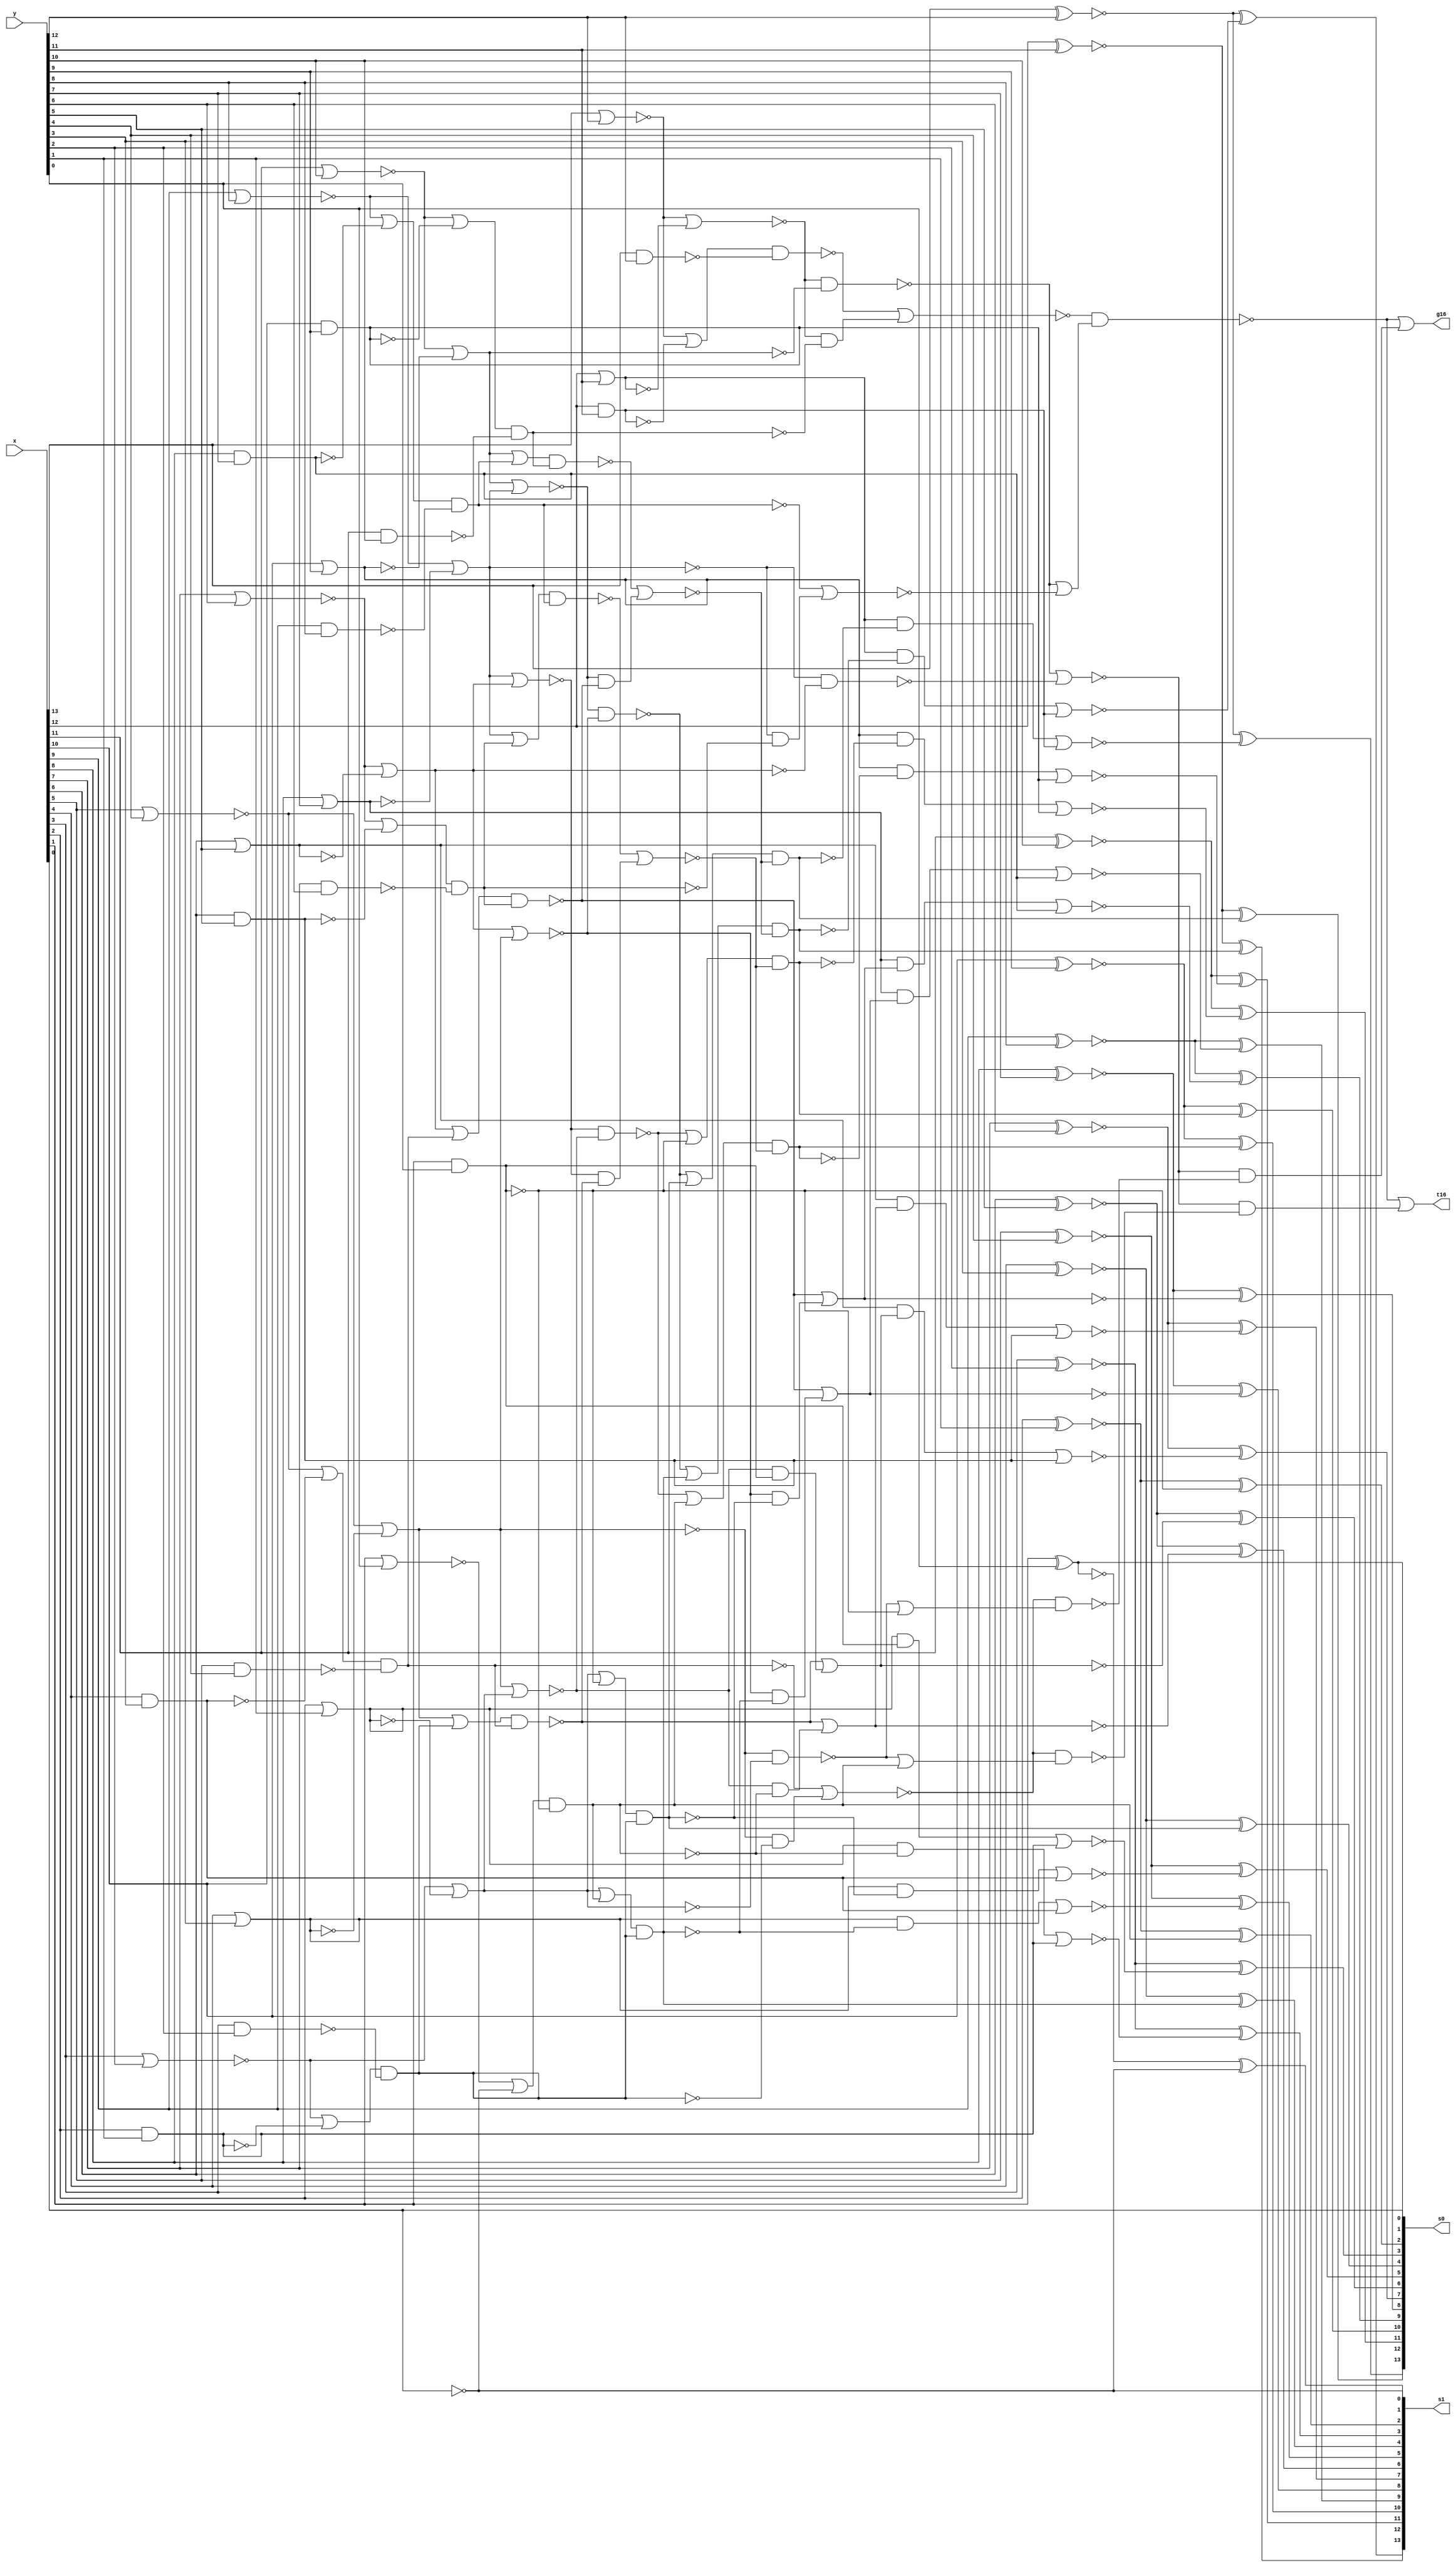
module fu_hc16pp_lsb(
   x,
   y,
   s0,
   s1,
   g16,
   t16
);
   input [0:13]  x;
   input [0:12]  y;
   output [0:13] s0;
   output [0:13] s1;
   output        g16;
   output        t16;

   parameter     tiup = 1'b1;
   parameter     tidn = 1'b0;

   wire [0:12]   g01_b;
   wire [0:13]   t01_b;
   wire [0:13]   p01_b;
   wire [0:13]   p01 /*verilator split_var*/;

   wire [0:5]    g01od;
   wire [0:6]    t01od;

   wire [0:6]    g02ev;
   wire [0:6]    t02ev;
   wire [1:6]    g02ev_b;
   wire [1:6]    t02ev_b;
   wire [1:6]    g04ev;
   wire [1:6]    t04ev;
   wire [1:6]    g08ev_b;
   wire [1:6]    t08ev_b;
   wire [1:6]    g16ev;
   wire [1:6]    t16ev;
   wire [1:12]   c0_b;
   wire [1:13]   c1_b;

   wire          glb_g04_e01_b;		//new // rep glb
   wire          glb_g04_e23_b;
   wire          glb_g04_e45_b;
   wire          glb_g04_e67_b;
   wire          glb_t04_e01_b;		//new // rep glb
   wire          glb_t04_e23_b;
   wire          glb_t04_e45_b;
   wire          glb_t04_e67_b;
   wire          glb_g08_e03;		//new // rep glb
   wire          glb_g08_e47;
   wire          glb_t08_e03;
   wire          glb_t08_e47;
   wire          glb_g16_e07_b;		//new // rep glb
   wire          glb_t16_e07_b;



   ////#####################################
   ////## group 1
   ////#####################################

   assign g01_b[0] = (~(x[0] & y[0]));		//critical
   assign g01_b[1] = (~(x[1] & y[1]));		//critical
   assign g01_b[2] = (~(x[2] & y[2]));		//critical
   assign g01_b[3] = (~(x[3] & y[3]));		//critical
   assign g01_b[4] = (~(x[4] & y[4]));		//critical
   assign g01_b[5] = (~(x[5] & y[5]));		//critical
   assign g01_b[6] = (~(x[6] & y[6]));		//critical
   assign g01_b[7] = (~(x[7] & y[7]));		//critical
   assign g01_b[8] = (~(x[8] & y[8]));		//critical
   assign g01_b[9] = (~(x[9] & y[9]));		//critical
   assign g01_b[10] = (~(x[10] & y[10]));		//critical
   assign g01_b[11] = (~(x[11] & y[11]));		//critical
   assign g01_b[12] = (~(x[12] & y[12]));		//critical

   assign t01_b[0] = (~(x[0] | y[0]));		//critical
   assign t01_b[1] = (~(x[1] | y[1]));		//critical
   assign t01_b[2] = (~(x[2] | y[2]));		//critical
   assign t01_b[3] = (~(x[3] | y[3]));		//critical
   assign t01_b[4] = (~(x[4] | y[4]));		//critical
   assign t01_b[5] = (~(x[5] | y[5]));		//critical
   assign t01_b[6] = (~(x[6] | y[6]));		//critical
   assign t01_b[7] = (~(x[7] | y[7]));		//critical
   assign t01_b[8] = (~(x[8] | y[8]));		//critical
   assign t01_b[9] = (~(x[9] | y[9]));		//critical
   assign t01_b[10] = (~(x[10] | y[10]));		//critical
   assign t01_b[11] = (~(x[11] | y[11]));		//critical
   assign t01_b[12] = (~(x[12] | y[12]));		//critical
   assign t01_b[13] = (~(x[13]));		//critical

   assign p01[0] = (x[0] ^ y[0]);		//not critical
   assign p01[1] = (x[1] ^ y[1]);		//not critical
   assign p01[2] = (x[2] ^ y[2]);		//not critical
   assign p01[3] = (x[3] ^ y[3]);		//not critical
   assign p01[4] = (x[4] ^ y[4]);		//not critical
   assign p01[5] = (x[5] ^ y[5]);		//not critical
   assign p01[6] = (x[6] ^ y[6]);		//not critical
   assign p01[7] = (x[7] ^ y[7]);		//not critical
   assign p01[8] = (x[8] ^ y[8]);		//not critical
   assign p01[9] = (x[9] ^ y[9]);		//not critical
   assign p01[10] = (x[10] ^ y[10]);		//not critical
   assign p01[11] = (x[11] ^ y[11]);		//not critical
   assign p01[12] = (x[12] ^ y[12]);		//not critical
   assign p01[13] = (~p01_b[13]);

   assign p01_b[0] = (~(p01[0]));		//not critical
   assign p01_b[1] = (~(p01[1]));		//not critical
   assign p01_b[2] = (~(p01[2]));		//not critical
   assign p01_b[3] = (~(p01[3]));		//not critical
   assign p01_b[4] = (~(p01[4]));		//not critical
   assign p01_b[5] = (~(p01[5]));		//not critical
   assign p01_b[6] = (~(p01[6]));		//not critical
   assign p01_b[7] = (~(p01[7]));		//not critical
   assign p01_b[8] = (~(p01[8]));		//not critical
   assign p01_b[9] = (~(p01[9]));		//not critical
   assign p01_b[10] = (~(p01[10]));		//not critical
   assign p01_b[11] = (~(p01[11]));		//not critical
   assign p01_b[12] = (~(p01[12]));		//not critical
   assign p01_b[13] = (~(x[13]));		//not critical

   assign g01od[0] = (~g01_b[1]);
   assign g01od[1] = (~g01_b[3]);
   assign g01od[2] = (~g01_b[5]);
   assign g01od[3] = (~g01_b[7]);
   assign g01od[4] = (~g01_b[9]);
   assign g01od[5] = (~g01_b[11]);

   assign t01od[0] = (~t01_b[1]);
   assign t01od[1] = (~t01_b[3]);
   assign t01od[2] = (~t01_b[5]);
   assign t01od[3] = (~t01_b[7]);
   assign t01od[4] = (~t01_b[9]);
   assign t01od[5] = (~t01_b[11]);
   assign t01od[6] = (~t01_b[13]);

   ////#####################################
   ////## group 2 // local and global shared
   ////#####################################

   assign g02ev[6] = (~(g01_b[12]));		//final
   assign g02ev[5] = (~((t01_b[10] | g01_b[11]) & g01_b[10]));
   assign g02ev[4] = (~((t01_b[8] | g01_b[9]) & g01_b[8]));
   assign g02ev[3] = (~((t01_b[6] | g01_b[7]) & g01_b[6]));
   assign g02ev[2] = (~((t01_b[4] | g01_b[5]) & g01_b[4]));
   assign g02ev[1] = (~((t01_b[2] | g01_b[3]) & g01_b[2]));
   assign g02ev[0] = (~((t01_b[0] | g01_b[1]) & g01_b[0]));

   assign t02ev[6] = (~((t01_b[12] | t01_b[13]) & g01_b[12]));		//final
   assign t02ev[5] = (~((t01_b[10] | t01_b[11])));
   assign t02ev[4] = (~((t01_b[8] | t01_b[9])));
   assign t02ev[3] = (~((t01_b[6] | t01_b[7])));
   assign t02ev[2] = (~((t01_b[4] | t01_b[5])));
   assign t02ev[1] = (~((t01_b[2] | t01_b[3])));
   assign t02ev[0] = (~((t01_b[0] | t01_b[1])));

   assign g02ev_b[6] = (~(g02ev[6]));		//new
   assign g02ev_b[5] = (~(g02ev[5]));		//new
   assign g02ev_b[4] = (~(g02ev[4]));		//new
   assign g02ev_b[3] = (~(g02ev[3]));		//new
   assign g02ev_b[2] = (~(g02ev[2]));		//new
   assign g02ev_b[1] = (~(g02ev[1]));		//new

   assign t02ev_b[6] = (~(t02ev[6]));		//new
   assign t02ev_b[5] = (~(t02ev[5]));		//new
   assign t02ev_b[4] = (~(t02ev[4]));		//new
   assign t02ev_b[3] = (~(t02ev[3]));		//new
   assign t02ev_b[2] = (~(t02ev[2]));		//new
   assign t02ev_b[1] = (~(t02ev[1]));		//new

   ////#####################################
   ////## replicating for global chain
   ////#####################################

   assign glb_g04_e01_b = (~(g02ev[0] | (t02ev[0] & g02ev[1])));
   assign glb_g04_e23_b = (~(g02ev[2] | (t02ev[2] & g02ev[3])));
   assign glb_g04_e45_b = (~(g02ev[4] | (t02ev[4] & g02ev[5])));
   assign glb_g04_e67_b = (~(g02ev[6]));
   assign glb_t04_e01_b = (~(t02ev[0] & t02ev[1]));
   assign glb_t04_e23_b = (~(t02ev[2] & t02ev[3]));
   assign glb_t04_e45_b = (~(t02ev[4] & t02ev[5]));
   assign glb_t04_e67_b = (~(t02ev[6]));

   assign glb_g08_e03 = (~(glb_g04_e01_b & (glb_t04_e01_b | glb_g04_e23_b)));
   assign glb_g08_e47 = (~(glb_g04_e45_b & (glb_t04_e45_b | glb_g04_e67_b)));
   assign glb_t08_e03 = (~(glb_t04_e01_b | glb_t04_e23_b));
   assign glb_t08_e47 = (~(glb_g04_e45_b & (glb_t04_e45_b | glb_t04_e67_b)));

   assign glb_g16_e07_b = (~(glb_g08_e03 | (glb_t08_e03 & glb_g08_e47)));
   assign glb_t16_e07_b = (~(glb_g08_e03 | (glb_t08_e03 & glb_t08_e47)));

   assign g16 = (~(glb_g16_e07_b));		//output
   assign t16 = (~(glb_t16_e07_b));		//output

   ////#####################################
   ////## group 4
   ////#####################################

   assign g04ev[6] = (~(g02ev_b[6]));
   assign g04ev[5] = (~((t02ev_b[5] | g02ev_b[6]) & g02ev_b[5]));		//final
   assign g04ev[4] = (~((t02ev_b[4] | g02ev_b[5]) & g02ev_b[4]));
   assign g04ev[3] = (~((t02ev_b[3] | g02ev_b[4]) & g02ev_b[3]));
   assign g04ev[2] = (~((t02ev_b[2] | g02ev_b[3]) & g02ev_b[2]));
   assign g04ev[1] = (~((t02ev_b[1] | g02ev_b[2]) & g02ev_b[1]));

   assign t04ev[6] = (~(t02ev_b[6]));
   assign t04ev[5] = (~((t02ev_b[5] | t02ev_b[6]) & g02ev_b[5]));		//final
   assign t04ev[4] = (~(t02ev_b[4] | t02ev_b[5]));
   assign t04ev[3] = (~(t02ev_b[3] | t02ev_b[4]));
   assign t04ev[2] = (~(t02ev_b[2] | t02ev_b[3]));
   assign t04ev[1] = (~(t02ev_b[1] | t02ev_b[2]));

   ////#####################################
   ////## group 8
   ////#####################################

   assign g08ev_b[6] = (~(g04ev[6]));
   assign g08ev_b[5] = (~(g04ev[5]));
   assign g08ev_b[4] = (~(g04ev[4] | (t04ev[4] & g04ev[6])));		//final
   assign g08ev_b[3] = (~(g04ev[3] | (t04ev[3] & g04ev[5])));		//final
   assign g08ev_b[2] = (~(g04ev[2] | (t04ev[2] & g04ev[4])));
   assign g08ev_b[1] = (~(g04ev[1] | (t04ev[1] & g04ev[3])));

   assign t08ev_b[6] = (~(t04ev[6]));
   assign t08ev_b[5] = (~(t04ev[5]));
   assign t08ev_b[4] = (~(g04ev[4] | (t04ev[4] & t04ev[6])));		//final
   assign t08ev_b[3] = (~(g04ev[3] | (t04ev[3] & t04ev[5])));		//final
   assign t08ev_b[2] = (~(t04ev[2] & t04ev[4]));
   assign t08ev_b[1] = (~(t04ev[1] & t04ev[3]));

   ////#####################################
   ////## group 16
   ////#####################################

   assign g16ev[6] = (~(g08ev_b[6]));
   assign g16ev[5] = (~(g08ev_b[5]));
   assign g16ev[4] = (~(g08ev_b[4]));
   assign g16ev[3] = (~(g08ev_b[3]));
   assign g16ev[2] = (~((t08ev_b[2] | g08ev_b[6]) & g08ev_b[2]));		//final
   assign g16ev[1] = (~((t08ev_b[1] | g08ev_b[5]) & g08ev_b[1]));		//final

   assign t16ev[6] = (~(t08ev_b[6]));
   assign t16ev[5] = (~(t08ev_b[5]));
   assign t16ev[4] = (~(t08ev_b[4]));
   assign t16ev[3] = (~(t08ev_b[3]));
   assign t16ev[2] = (~((t08ev_b[2] | t08ev_b[6]) & g08ev_b[2]));		//final
   assign t16ev[1] = (~((t08ev_b[1] | t08ev_b[5]) & g08ev_b[1]));		//final

   ////#####################################
   ////## group 16 delayed
   ////#####################################

   assign c0_b[12] = (~(g16ev[6]));
   assign c0_b[10] = (~(g16ev[5]));
   assign c0_b[8] = (~(g16ev[4]));
   assign c0_b[6] = (~(g16ev[3]));
   assign c0_b[4] = (~(g16ev[2]));
   assign c0_b[2] = (~(g16ev[1]));

   assign c1_b[12] = (~(t16ev[6]));
   assign c1_b[10] = (~(t16ev[5]));
   assign c1_b[8] = (~(t16ev[4]));
   assign c1_b[6] = (~(t16ev[3]));
   assign c1_b[4] = (~(t16ev[2]));
   assign c1_b[2] = (~(t16ev[1]));

   assign c0_b[11] = (~((t01od[5] & g16ev[6]) | g01od[5]));
   assign c0_b[9] = (~((t01od[4] & g16ev[5]) | g01od[4]));
   assign c0_b[7] = (~((t01od[3] & g16ev[4]) | g01od[3]));
   assign c0_b[5] = (~((t01od[2] & g16ev[3]) | g01od[2]));
   assign c0_b[3] = (~((t01od[1] & g16ev[2]) | g01od[1]));
   assign c0_b[1] = (~((t01od[0] & g16ev[1]) | g01od[0]));

   assign c1_b[13] = (~(t01od[6]));
   assign c1_b[11] = (~((t01od[5] & t16ev[6]) | g01od[5]));
   assign c1_b[9] = (~((t01od[4] & t16ev[5]) | g01od[4]));
   assign c1_b[7] = (~((t01od[3] & t16ev[4]) | g01od[3]));
   assign c1_b[5] = (~((t01od[2] & t16ev[3]) | g01od[2]));
   assign c1_b[3] = (~((t01od[1] & t16ev[2]) | g01od[1]));
   assign c1_b[1] = (~((t01od[0] & t16ev[1]) | g01od[0]));

   ////#####################################
   ////## sum
   ////#####################################

   assign s0[0] = (p01_b[0] ^ c0_b[1]);
   assign s0[1] = (p01_b[1] ^ c0_b[2]);
   assign s0[2] = (p01_b[2] ^ c0_b[3]);
   assign s0[3] = (p01_b[3] ^ c0_b[4]);
   assign s0[4] = (p01_b[4] ^ c0_b[5]);
   assign s0[5] = (p01_b[5] ^ c0_b[6]);
   assign s0[6] = (p01_b[6] ^ c0_b[7]);
   assign s0[7] = (p01_b[7] ^ c0_b[8]);
   assign s0[8] = (p01_b[8] ^ c0_b[9]);
   assign s0[9] = (p01_b[9] ^ c0_b[10]);
   assign s0[10] = (p01_b[10] ^ c0_b[11]);
   assign s0[11] = (p01_b[11] ^ c0_b[12]);
   assign s0[12] = (~(p01_b[12]));
   assign s0[13] = (~(p01_b[13]));

   assign s1[0] = (p01_b[0] ^ c1_b[1]);
   assign s1[1] = (p01_b[1] ^ c1_b[2]);
   assign s1[2] = (p01_b[2] ^ c1_b[3]);
   assign s1[3] = (p01_b[3] ^ c1_b[4]);
   assign s1[4] = (p01_b[4] ^ c1_b[5]);
   assign s1[5] = (p01_b[5] ^ c1_b[6]);
   assign s1[6] = (p01_b[6] ^ c1_b[7]);
   assign s1[7] = (p01_b[7] ^ c1_b[8]);
   assign s1[8] = (p01_b[8] ^ c1_b[9]);
   assign s1[9] = (p01_b[9] ^ c1_b[10]);
   assign s1[10] = (p01_b[10] ^ c1_b[11]);
   assign s1[11] = (p01_b[11] ^ c1_b[12]);
   assign s1[12] = (p01_b[12] ^ c1_b[13]);
   assign s1[13] = (~(p01[13]));

endmodule